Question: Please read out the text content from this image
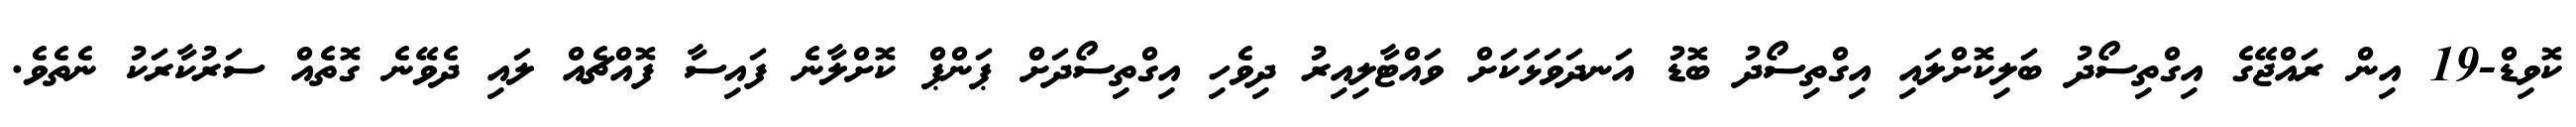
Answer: ކޮވިޑް-19 އިން ރައްޖޭގެ އިގްތިސޯދު ބަލިކޮށްލައި އިގްތިސޯދު ބޮޑު އަނދަވަޅަކަށް ވައްޓާލިއިރު ދިވެހި އިގްތިސޯދަށް ޕަންޕް ކޮށްލާނެ ފައިސާ ފޮއްޗެއް ލައި ދެވޭނެ ގޮތެއް ސަރުކާރަކު ނެތެވެ.